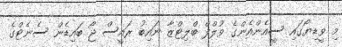
މި ވީޑިޔޯގައި ސީއެންއެންގެ ވުލްފް ބްލިޓްޒާ ނައިބު ރައީސް ޖޯ ބައިޑެން ސެނެޓްގެ